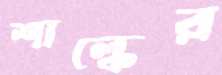
শাল্কের